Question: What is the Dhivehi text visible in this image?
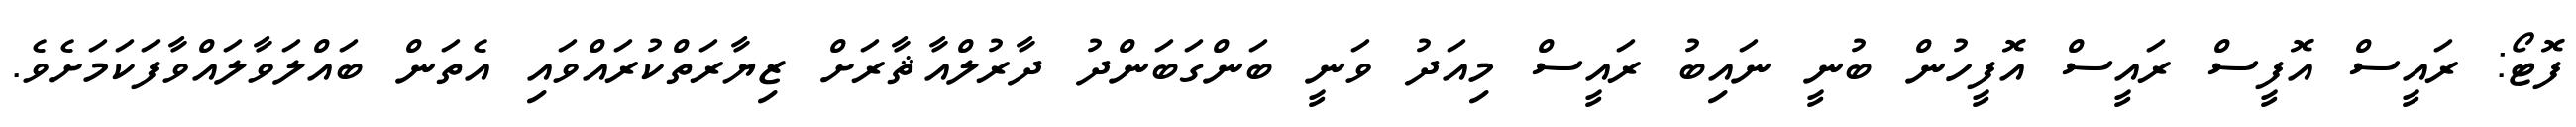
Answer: ފޮޓޯ: ރައީސް އޮފީސް ރައީސް އޮފީހުން ބުނީ ނައިބު ރައީސް މިއަދު ވަނީ ބަންގަބަންދު ދާރުލްއާޘާރަށް ޒިޔާރަތްކުރައްވައި އެތަން ބައްލަވާލައްވާފަކަމަށެވެ.